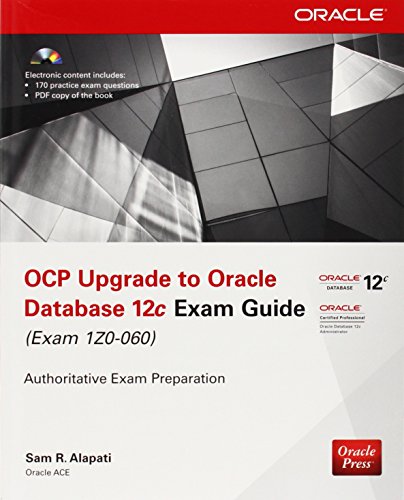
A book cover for OCP Upgrade to Oracle Database 12c Exam Guide (Exam 1Z0-060) (Oracle Press); Sam R. Alapati; Computers & Technology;